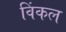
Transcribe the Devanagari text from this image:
विंकल